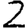
Digit: 2